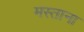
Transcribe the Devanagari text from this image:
मस्‍ताना